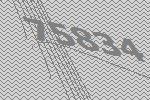
75834